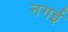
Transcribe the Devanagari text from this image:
नगई